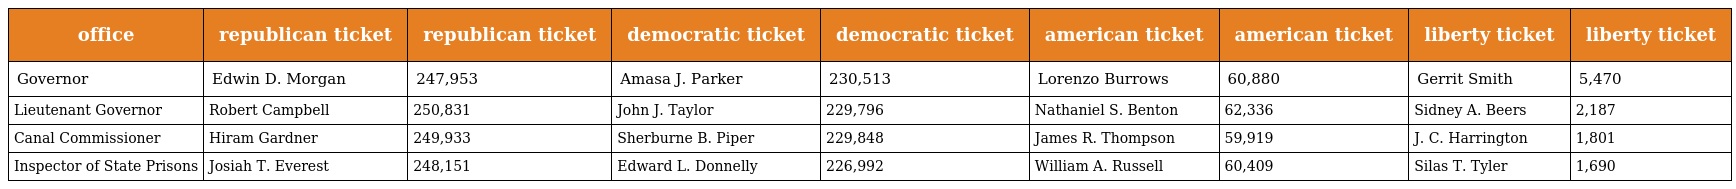
| office | republican ticket | republican ticket | democratic ticket | democratic ticket | american ticket | american ticket | liberty ticket | liberty ticket |
 | --- | --- | --- | --- | --- | --- | --- | --- | --- |
 | Governor | Edwin D. Morgan | 247,953 | Amasa J. Parker | 230,513 | Lorenzo Burrows | 60,880 | Gerrit Smith | 5,470 |
 | Lieutenant Governor | Robert Campbell | 250,831 | John J. Taylor | 229,796 | Nathaniel S. Benton | 62,336 | Sidney A. Beers | 2,187 |
 | Canal Commissioner | Hiram Gardner | 249,933 | Sherburne B. Piper | 229,848 | James R. Thompson | 59,919 | J. C. Harrington | 1,801 |
 | Inspector of State Prisons | Josiah T. Everest | 248,151 | Edward L. Donnelly | 226,992 | William A. Russell | 60,409 | Silas T. Tyler | 1,690 |